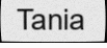
Tania